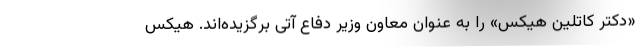
«دکتر کاتلین هیکس» را به عنوان معاون وزیر دفاع آتی برگزیده‌اند. هیکس